Indian journal of veterinary science and animal husbandry - Volumes 15-17, 1948-1951
Year: 1948
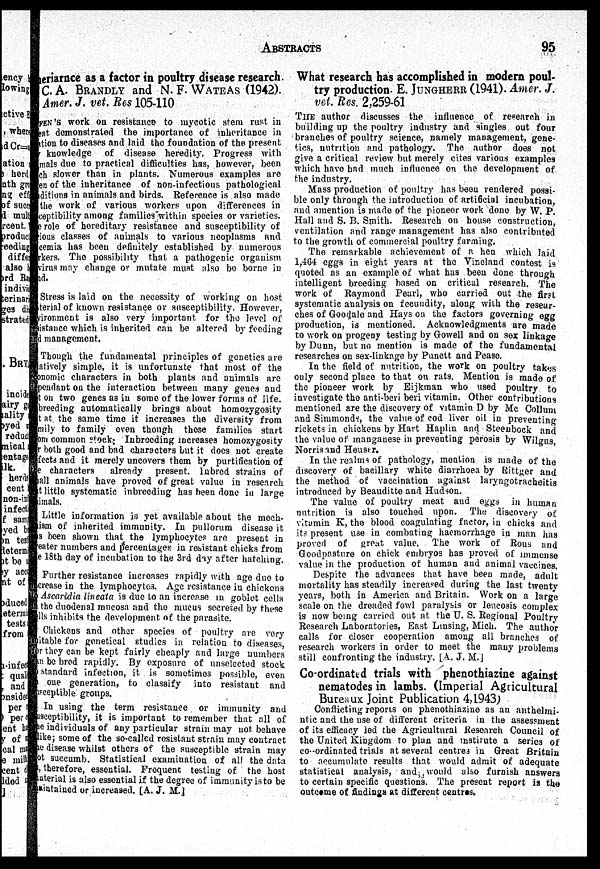
ABSTRACTS
95
eriarnce as a factor in poultry disease research.
C.A. BRANDLY and N. F. WATEAS (1942).
Amer. J. vet. Res 105-110
FEN'S work on resistance to mycotic stem rust in
eat demonstrated the importance of inheritance in
ation to diseases and laid the foundation of the present
knowledge of disease heredity. Progress with
mals due to practical difficulties has, however, been
ch slower than in plants. Numerous examples are
en of the inheritance of non-infectious pathological
ditions in animals and birds. Reference is also made
the work of various workers upon differences in
ceptibility among families within species or varieties.
the role of hereditary resistance and susceptibility of
various classes of animals to various neoplasms and
cemia has been definitely established by numerous
rkers. The possibility that a pathogenic organism
virus may change or mutate must also be borne in
id.
Stress is laid on the necessity of working on host
terial of known resistance or susceptibility. However,
vironment is also very important for the level of
istance which is inherited can be altered by feeding
management.
Though the fundamental principles of genetics are
atively simple, it is unfortunate that most of the
nomic characters in both plants and animals are
dependant on the interaction between many genes and
t on two genes as in some of the lower forms of life.
breeding automatically brings about homozygosity
that the same time it increases the diversity from
nily to family even though these families start
m common stock; Inbreeding increases homozygosity
both good and bad characters but it does not create
fects and it merely uncovers them by purification of
characters
already present. Inbred strains of
all animals have proved of great value in research
t little systematic inbreeding has been done in large
imals.
Little information is yet available about the mech-
ism of inherited immunity. In pullorum disease it
s been shown that the lymphocytes are present in
eater numbers and percentages in resistant chicks from
e 18th day of incubation to the 3rd day after hatching.
Further resistance increases rapidly with age due to
crease in the lymphocytes. Age resistance in chickens
Ascaridia lineata is due to an increase in goblet cells
the duodenal mucosa and the mucus secreted by these
lls inhibits the development of the parasite.
Chickens and other species of poultry are very
itable for genetical studies in relation to diseases,
r they can be kept fairly cheaply and large numbers
n be bred rapidly. By exposure of unselected stock
standard infection, it is sometimes possible, even
one generation, to classify into resistant and
seeptible groups.
In using the term resistance or immunity and
seeptibility, it is important to remember that all of
e individuals of any particular strain may not behave
ike; some of the so-called resistant strain may contract
e disease whilst others of the susceptible strain may
t succumb. Statistical examination of all the data
,therefore, essential. Frequent testing of the host
aterial is also essential if the degree of immunity is to be
aintained or increased. [A. J. M.]
What research has accomplished in modern poul-
try production. E. JUNGHERR (1941). Amer. J.
vet. Res. 2,259-61
THE author discusses the influence of research in
building up the poultry industry and singles out four
branches of poultry science, namely management, gene-
tics, nutrition and pathology. The author does not
give a critical review but merely cites various examples
which have had much influence on the development of
the industry.
Mass. production of poultry has been rendered possi-
ble only through the introduction of artificial incubation,
and amention is made of the pioneer work done by W. P.
Hall and S. B. Smith. Research on house construction,
ventilation and range management has also contributed
to the growth of commercial poultry farming.
The remarkable achievement of a hen which laid
1,464 eggs in eight years at the Vineland contest is
quoted as an example of what has been done through
intelligent breeding based on critical research. The
work of Raymond Pearl, who carried out the first
systematic analysis on fecundity, along with the resear-
ches of Goodale and Hays on the factors governing egg
production, is mentioned. Acknowledgments are made
to work on progeny testing by Gowell and on sex linkage
by Dunn, but no mention is made of the fundamental
researches on sex-linkage by Punett and Pease.
In the field of nutrition, the work on poultry takes
only second place to that on rats. Mention is made of
the pioneer work by Eijkman who used poultry to
investigate the anti-beri beri vitamin. Other contributions
mentioned are the discovery of vitamin D by Mc Collum
and Simmonds, the value of cod liver oil in preventing
rickets in chickens by Hart Haplin and Steenbock and
the value of manganese in preventing perosis by Wilgus,
Norris and Heuser.
In the realms of pathology, mention is made of the
discovery of bacillary white diarrhoea by Rittger and
the method of vaccination against laryngotracheitis
introduced by Beauditte and Hudson.
The value of poultry meat and eggs in human
nutrition is also touched upon. The discovery of
vitamin K, the blood coagulating factor, in chicks and
its present use in combating haemorrhage in man has
proved of great value. The work of Rous and
Goodpasture on chick embryos has proved of immense
value in the production of human and animal vaccines.
Despite the advances that have been made, adult
mortality has steadily increased during the last twenty
years, both in America and Britain. Work on a large
scale on the dreaded fowl paralysis or leucosis complex
is now being carried out at the U. S. Regional Poultry
Research Laboratories, East Linsing, Mich. The author
calls for closer cooperation among all branches of
research workers in order to meet the many problems
still confronting the industry. [A. J. M.]
Co-ordinated trials with phenothiazine against
nematodes in lambs. (Imperial Agricultural
Bureaux Joint Publication 4,1943)
Conflicting reports on phenothiazine as an anthelmi-
ntic and the use of different criteria in the assessment
of its efficacy led the Agricultural Research Council of
the United Kingdom to plan and institute a series of
co-ordinated trials at several centres in Great Britain
to accumulate results that would admit of adequate
statistical analysis, and would also furnish answers
to certain specific questions. The present report is the
outcome of findings at different centres.